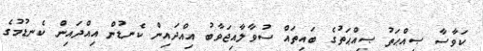
ކަވާސާ ޞިއްޙަތު ޞިއްޙަތުގެ ބައިތައް ސުވާލާއިޖަވާބު އިއްދައިން ކެނޑުން އިއްދައިން ކެނޑުމުގެ